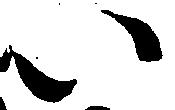
い